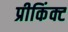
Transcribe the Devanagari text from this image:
प्रीकिंक्ट